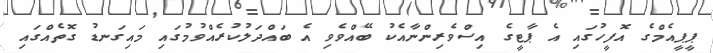
ޕީޕީއެމްގެ އޮފީހުގައި އެ ޕާޓީގެ އިސްވެރިންނާއެކު ބޭއްވެވި އެ ބައްދަލުކުރެއްވުމުގައި މައިގަނޑު ގޮތެއްގައި